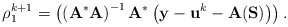
\begin{align*}\rho_1^{k+1} = \left( \left(\mathbf{A}^*\mathbf{A} \right)^{-1}\mathbf{A}^*\left( \mathbf{y} - \mathbf{u}^k - \mathbf{A}(\mathbf{S}) \right) \right).\end{align*}